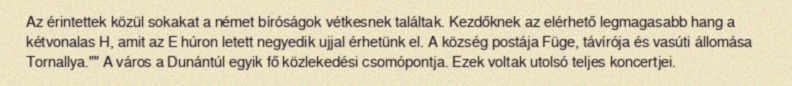
Az érintettek közül sokakat a német bíróságok vétkesnek találtak. Kezdőknek az elérhető legmagasabb hang a kétvonalas H, amit az E húron letett negyedik ujjal érhetünk el. A község postája Füge, távírója és vasúti állomása Tornallya."" A város a Dunántúl egyik fő közlekedési csomópontja. Ezek voltak utolsó teljes koncertjei.